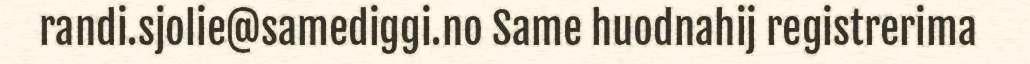
randi.sjolie@samediggi.no Same huodnahij registrerima